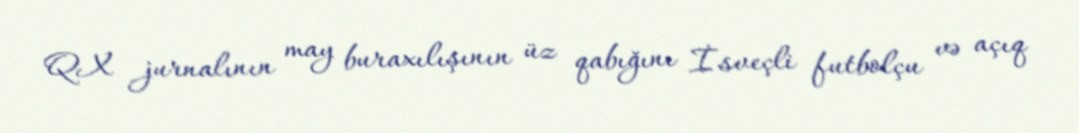
QX jurnalının may buraxılışının üz qabığını İsveçli futbolçu və açıq